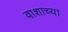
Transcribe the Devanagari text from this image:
वाशाच्या